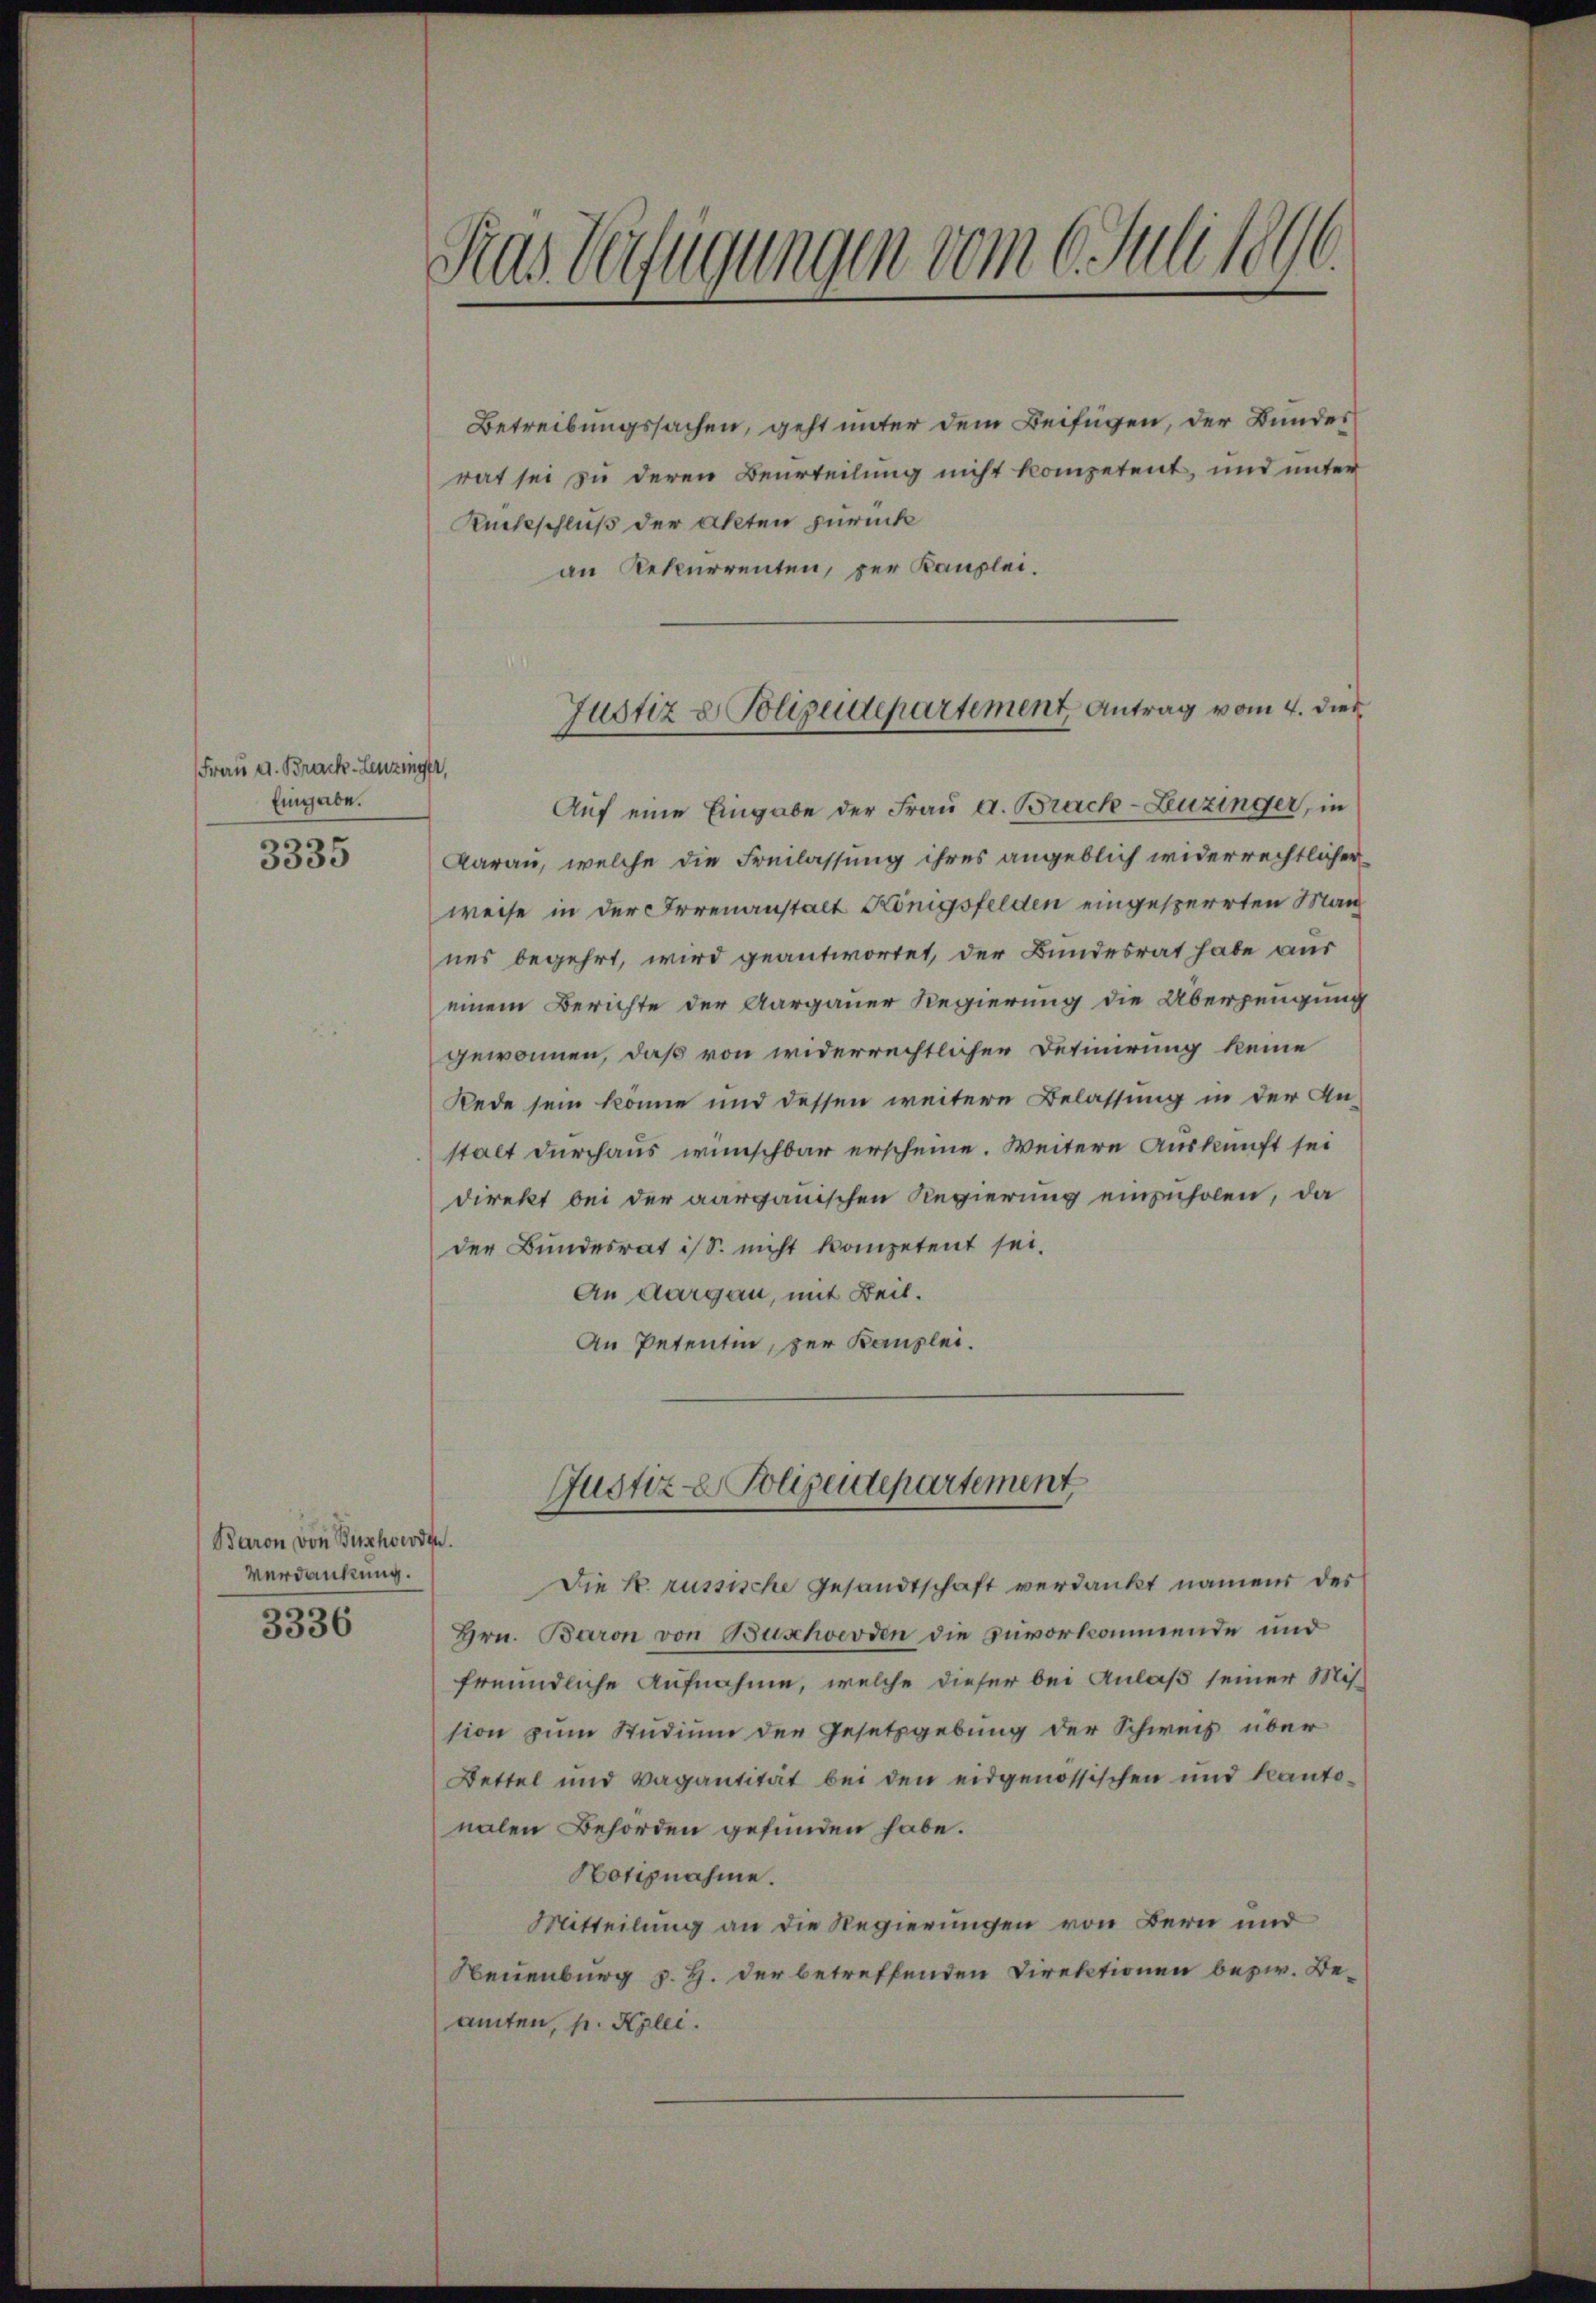
Frau d. Brack-Leuzing
Eingabe.

3335

Baron von Buschwerden.
Verdankung.

3336

Tras Verfügungen vom 6. Juli 1896.

Betreibungssachen, geht unter dem Beifügen, der Bundes
rat sei zu deren Beurteilung nicht kompetent, und unter
Ruckschluß der Akten zurück
an Rekurrenten, per Kanzlei.
,
Auf eine Eingabe der Frau d. Brack-Luzinger, in
Daran, welche die Freilassung ihres angeblich widerrechtlicher
weise in der Irrenanstalt Königsfelden eingesperrten Man
nes begehrt, wird geantwortet, der Bundesrat habe aus
einem Berichte der Aargauer Regierung die Überzeugung
gewonnen, daß von widerrechtlicher Definirung keine
Rede sein könne und dessen weitere Belassung in der An-
stalt durchaus wünschbar erscheine. Weitere Auskunft sei
direkt bei der aargauischen Regierung einzuholen, da
der Bundesrat ist nicht kompetent sei.
An Aargau, mit Beit.
An Petentin, zur Kanzlei.
Justiz- Polizeidepartement
Die k. russische Gesandtschaft verdankt namen der
Hrn. Baron von Buschverden die zuvorkommende und
freundliche Aufnahme, welche dieser bei Anlaß seiner Mission zum Studium der Gesetzgebung der Schweiz über
Bettel und Vagantität bei den eidgenössischen und Kantonalen Behörden gefunden habe.
Notiznahme.
Mitteilung an die Regierungen von Bern und
Neuenburg z. H. der betreffenden Direktionen bezw. Be-
amten, p. Kzlei.

Justiz & Polizeidepartement Antrag vom 4. dies